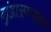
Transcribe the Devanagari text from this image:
गुंडाळण्याचा